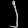
Digit: ၂